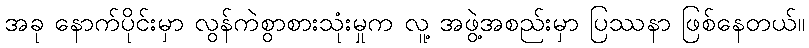
အခု နောက်ပိုင်းမှာ လွန်ကဲစွာစားသုံးမှုက လူ့ အဖွဲ့အစည်းမှာ ပြဿနာ ဖြစ်နေတယ်။